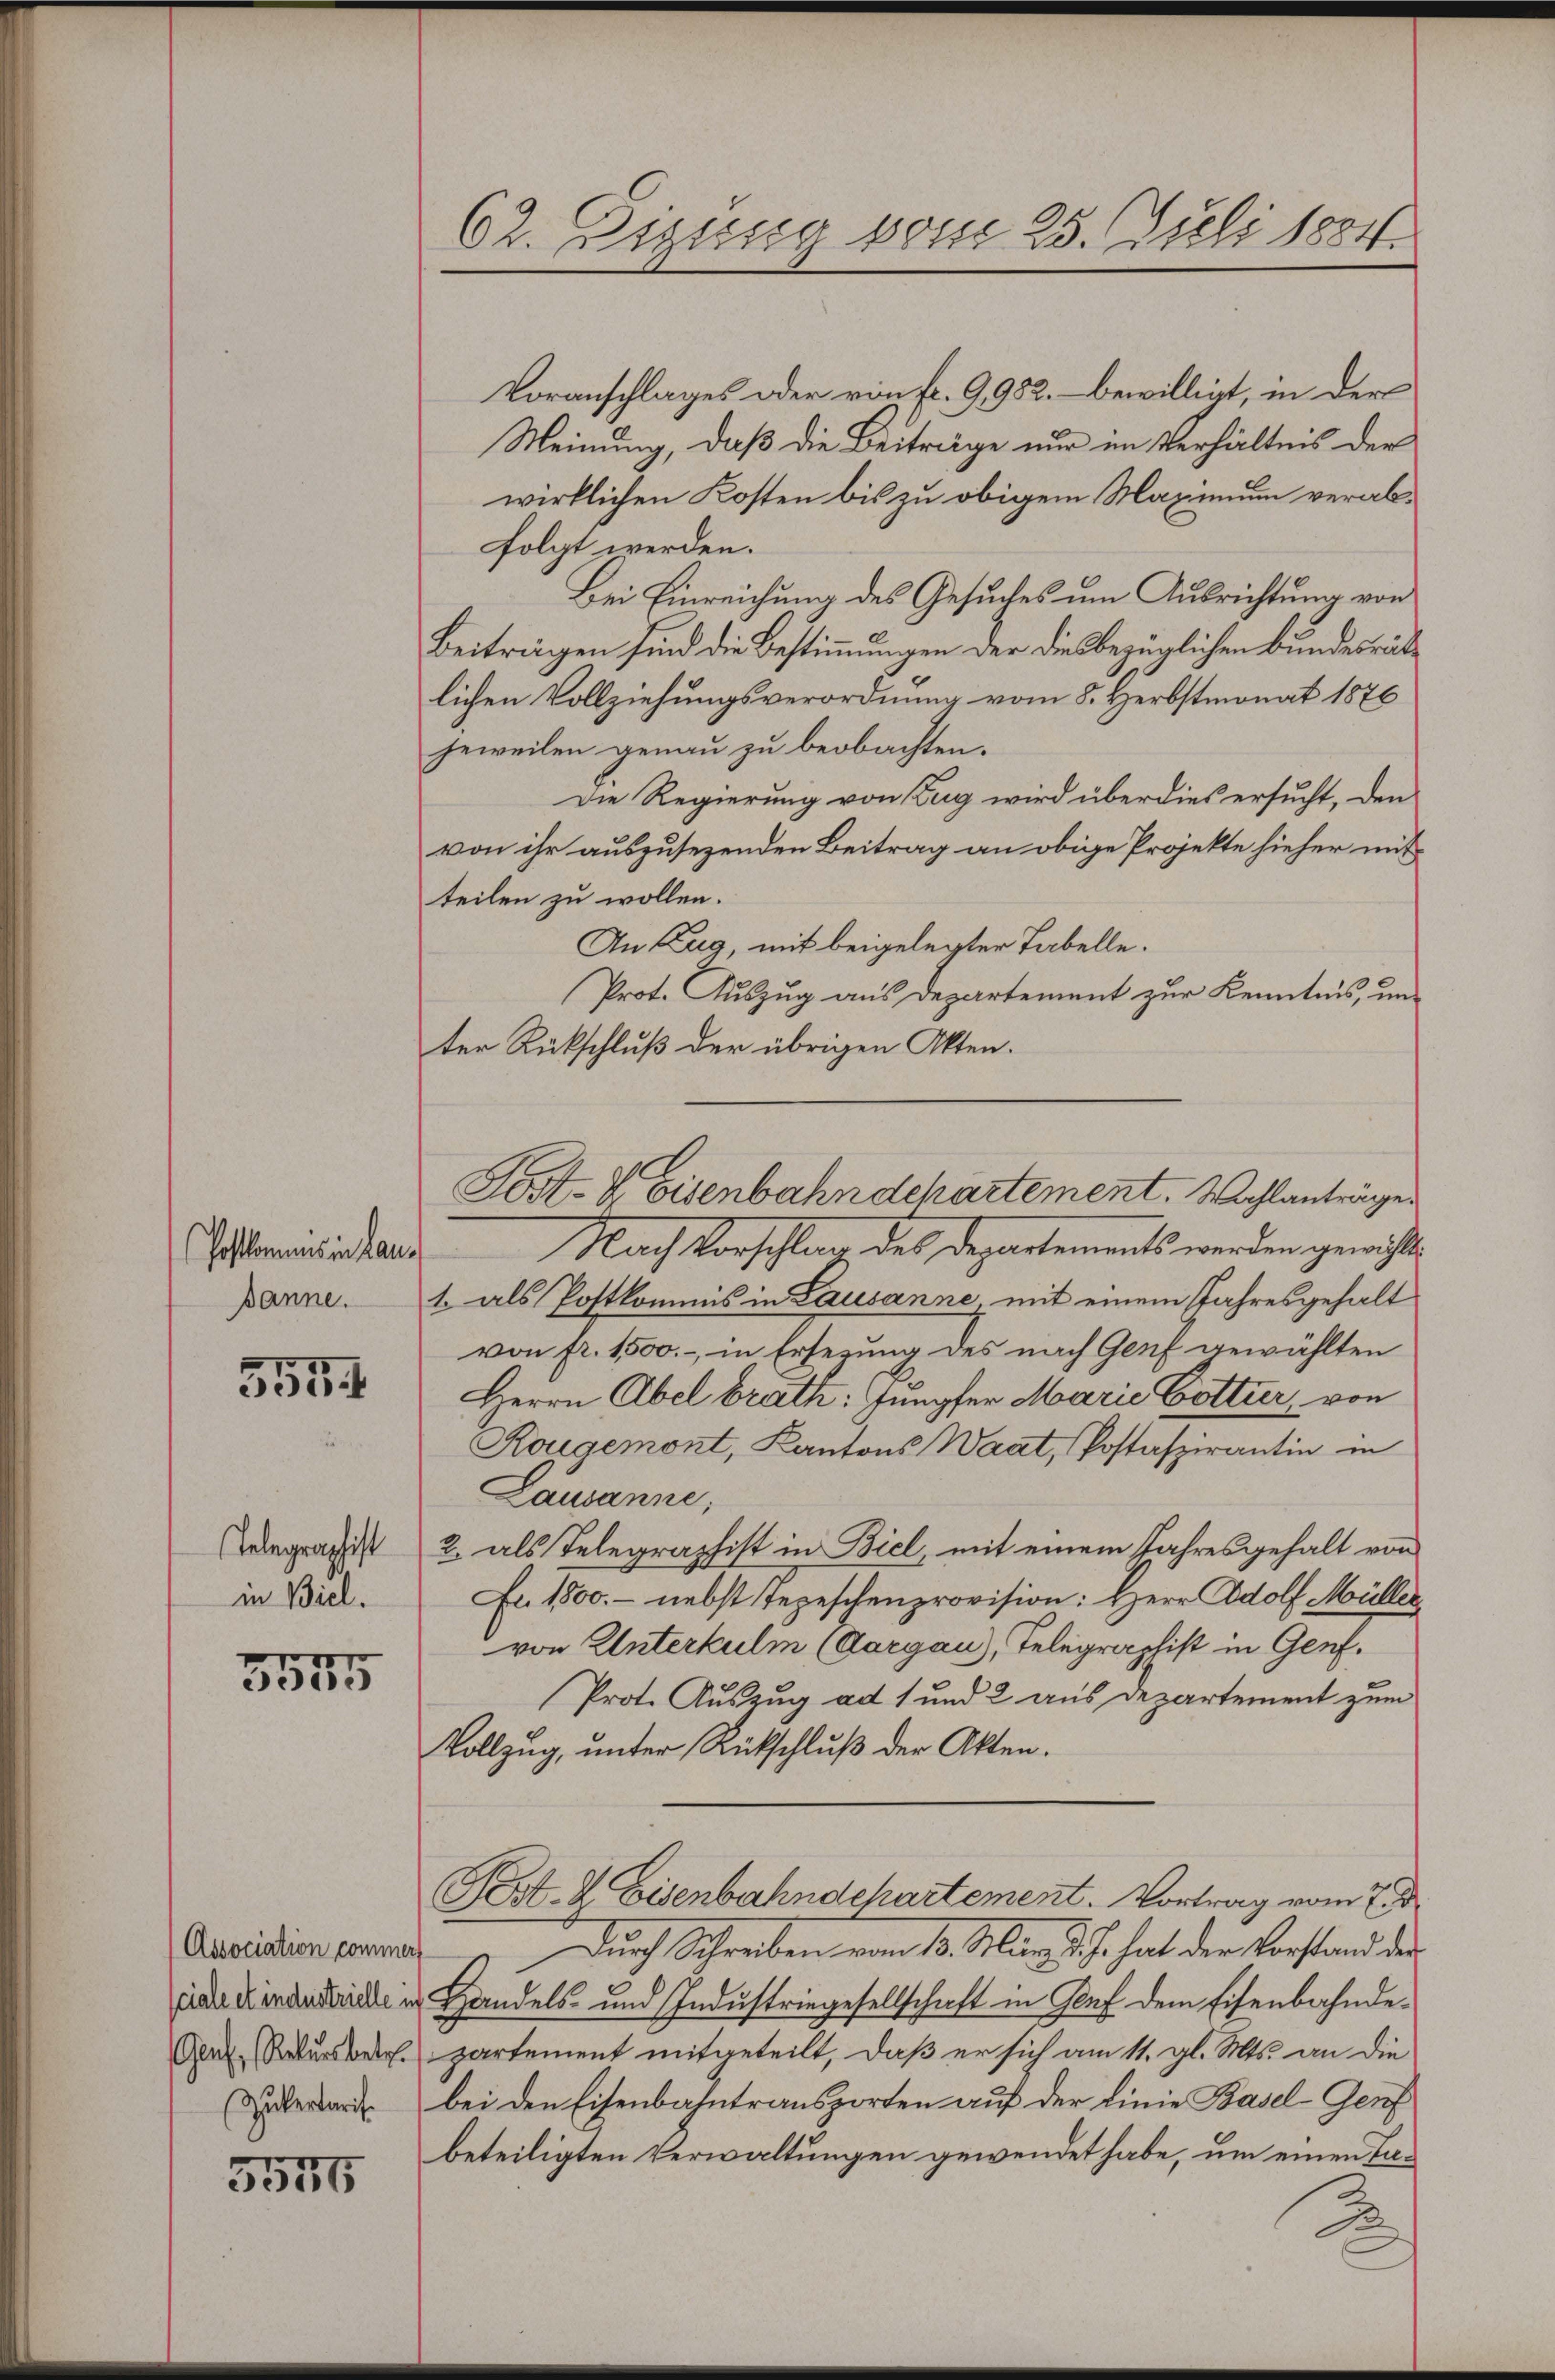
hoftkommnis in Lan¬
Banne.

551

Telegraphist
in Biel.

3575

Association commer
ciale et industrielle ich
Genf, Rekurs betr.
Sukertaris.

5575

62. Eszung vom 25. Juli 1884.

Voranschlages oder von fr. 9982. bewilligt, in der
Meinung, daß die Beiträge nur im Verhältnis der
wirklichen Kosten bis zu obigem Maximum verabfolgt werden.
Bei Einreichung des Gesuches um Ausrichtung von
Beiträgen sind die Bestimmungen der diesbezüglichen Bundesräte
lichen Vollziehungsverordnung vom 8. Herbstmonat 1876
jeweilen genau zu beobachten.
Die Regierung von Zug wird überdies ersucht, den
von ihr auszusezenden Beitrag an obige Projekte hieher mit
teilen zu wollen.
An Zug, mit beigelegter Tabelle.
Prot. Auszug aus Departement zur Kenntnis, unter Rückschluß der übrigen Akten.
Nach Vorschlag des Departements werden gerichte
1. als Postkomuns in Lausanne, mit einem Jahresgehalt
von fr. 1500.- in Ersezung des nach Genf gewählten
Herrn Abel brath: Jungfer Marie Gotter, von
Kougemont, Kantons Waat, Postaspirantin in
Lausanne;
2. als Telegraphist in Biel mit einem Jahresgehalt von
Fr. 1800.- nebst Tepeschenprovision: Herr Adolf Müller
von Unterkulm (Aargau), Telegraphist in Genf.
Prot. Auszug ad 1 und 2 aus Departement zum
Vollzug, unter Rückschluß der Akten.
Nest. I Eisenbahndepartement. Vortrag vom 7 d
Durch Schreiben vom 13. März d. J. hat der Vorstand der
Handels- und Industriegesellschaft in Graf dem Eisenbahndepartement mitgeteilt, daß er sich am 11. gl. Mts. an die
bei den Eisenbahntransporten auf der Linie Basel-Genf
beteiligten Verwaltungen gewendet habe, um einen La¬
2
2

Sost- & Eisenbahndchartement. Wohlanträge